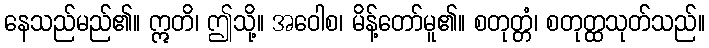
နေသည်မည်၏။ ဣတိ၊ ဤသို့။ အဝေါစ၊ မိန့်တော်မူ၏။ စတုတ္တံ၊ စတုတ္ထသုတ်သည်။